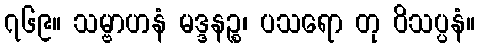
၇၆၉။ သမ္ဗာဟနံ မဒ္ဒနဉ္စ၊ ပသရော တု ဝိသပ္ပနံ။